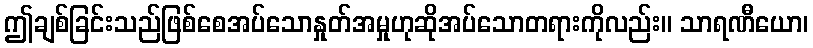
ဤချစ်ခြင်းသည်ဖြစ်စေအပ်သောနှုတ်အမှုဟုဆိုအပ်သောတရားကိုလည်း။ သာရဏီယော၊